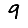
Digit: 9